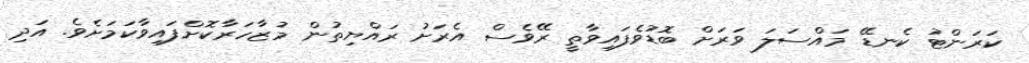
ކަރަންޓު ކެނޑޭ މައްސަލަ ވަރަށް ބޮޑުވެފައިވާތީ ރޭވެސް އެރަށު ރައްޔިތުން މުޒާހަރާކޮށްފައިވާކަމަށެވެ. އަދި